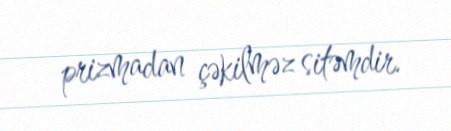
prizmadan çəkilməz sitəmdir.